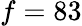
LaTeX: f=83